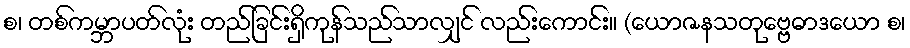
စ၊ တစ်ကမ္ဘာပတ်လုံး တည်ခြင်းရှိကုန်သည်သာလျှင် လည်းကောင်း။ (ယောဇနသတုဗ္ဗေဓာဒယော စ၊